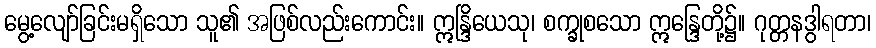
မွေ့လျော်ခြင်းမရှိသော သူ၏ အဖြစ်လည်းကောင်း။ ဣန္ဒြိယေသု၊ စက္ခုစသော ဣန္ဒြေတို့၌။ ဂုတ္တနဒွါရတာ၊